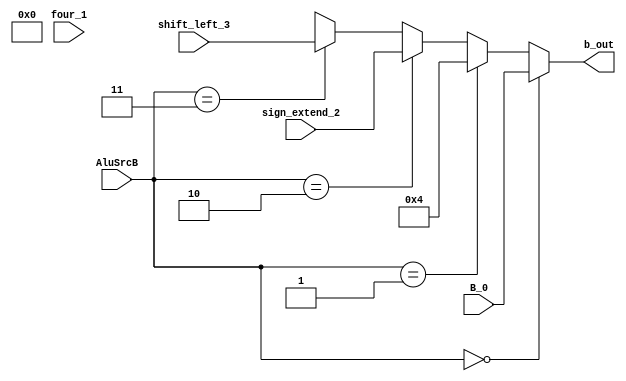
module mux_alu_src_B(
    input wire [1:0] AluSrcB,
    input wire [31:0] B_0, four_1, sign_extend_2 , shift_left_3,
    output wire [31:0] b_out
);
    
    assign four_1 = 32'd4;
    
    assign b_out = (AluSrcB == 2'b00) ?  B_0:
                   (AluSrcB == 2'b01) ?  four_1:
                   (AluSrcB == 2'b10) ?  sign_extend_2:
                   (AluSrcB == 2'b11) ?  shift_left_3 :
                   1'bX;


endmodule